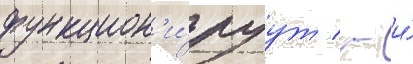
функцион'и́руут / - и́